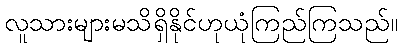
လူသားများမသိရှိနိုင်ဟုယုံကြည်ကြသည်။